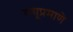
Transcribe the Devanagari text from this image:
राघूप्रमाणे